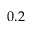
0 . 2